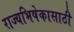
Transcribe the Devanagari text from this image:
राज्यभिषेकासाठी